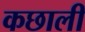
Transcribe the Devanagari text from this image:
कछाली